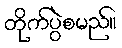
တိုက်ပွဲစမည်။